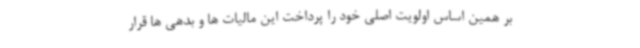
بر همین اساس اولویت اصلی خود را پرداخت این مالیات ها و بدهی ها قرار